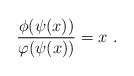
\begin{align*}\frac{{\phi (\psi (x))}}{{\varphi (\psi (x))}} = x \ .\end{align*}